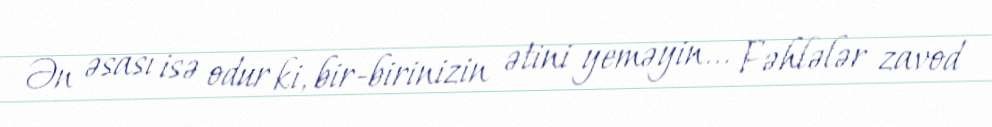
Ən əsası isə odur ki, bir-birinizin ətini yeməyin... Fəhlələr zavod